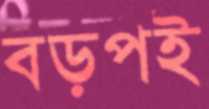
বড়পই